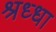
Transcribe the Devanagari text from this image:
श्रध्धा